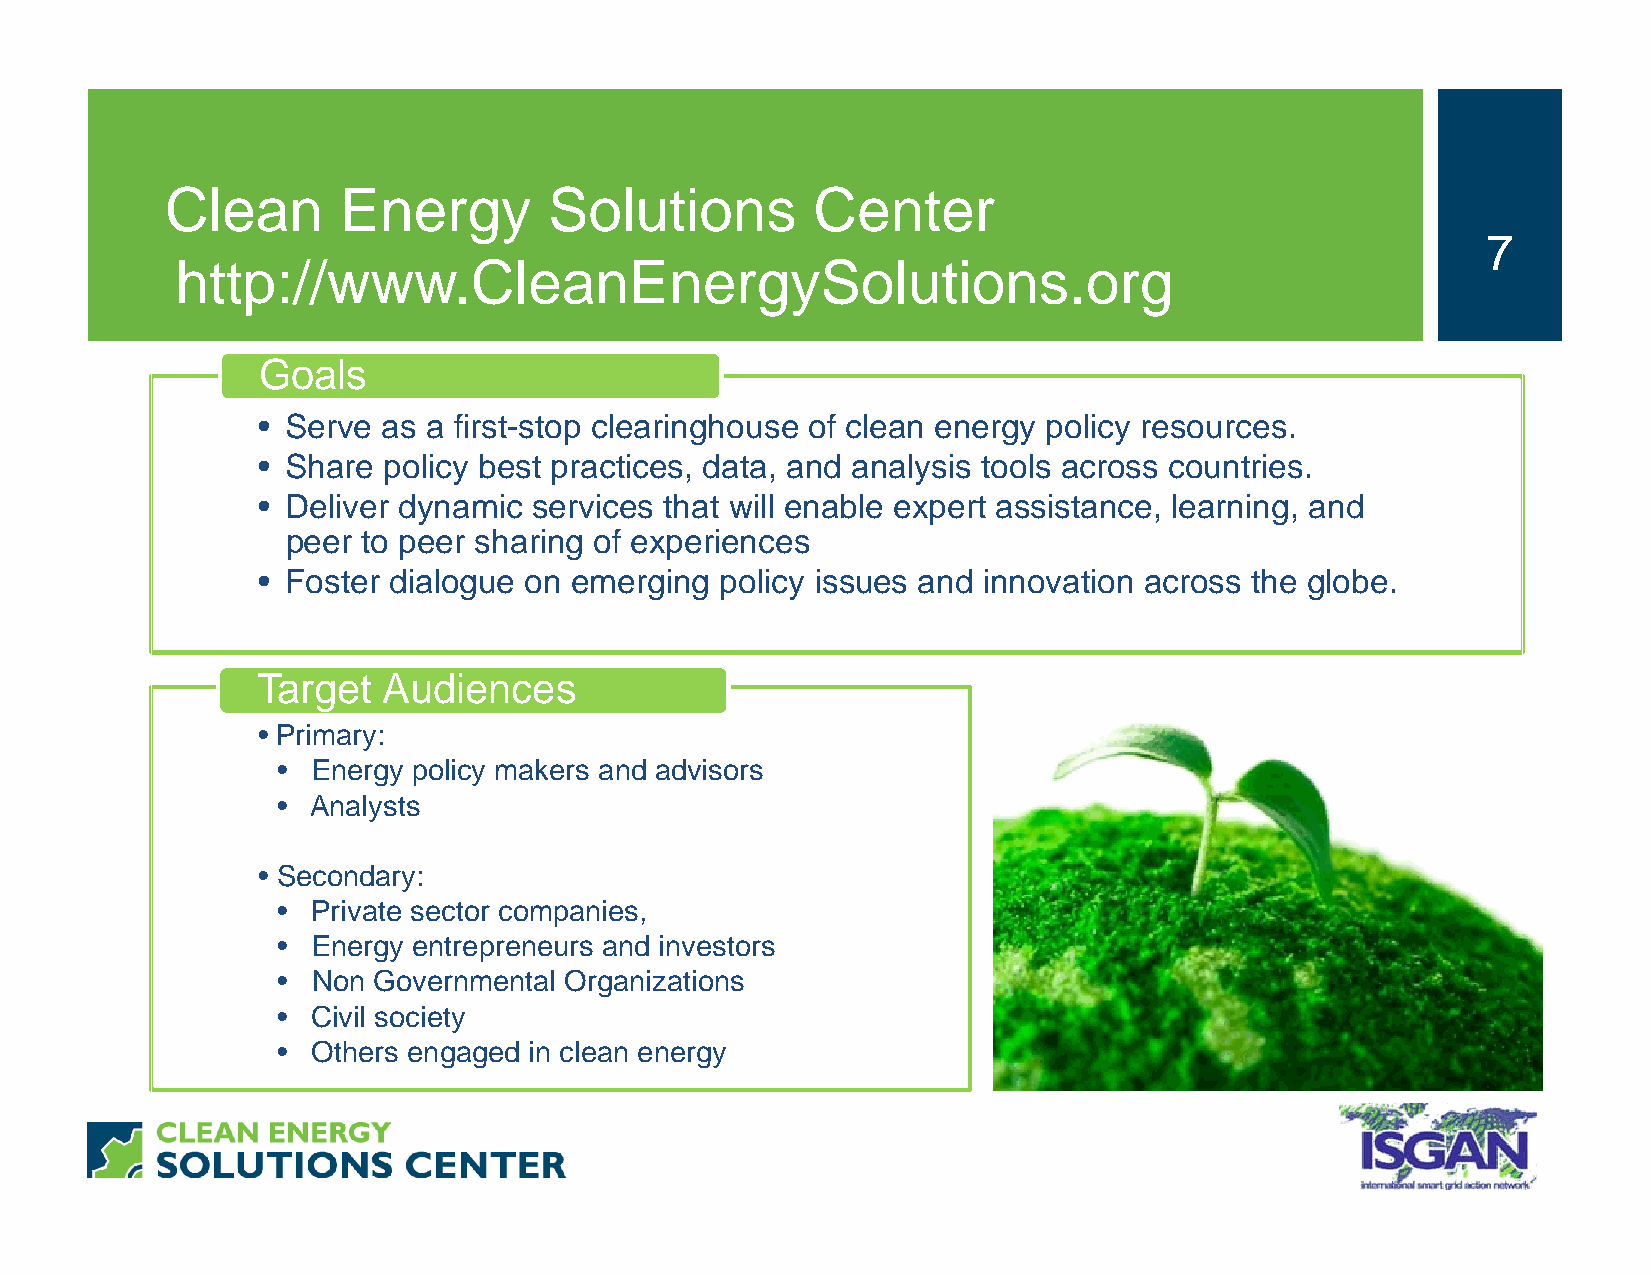
Clean      Energy        Solutions         Center
 7
 http://www.CleanEnergySolutions.org
 Goals
 • Serve as a first-stop clearinghouse of clean energy policy resources.
 • Share policy best practices, data, and analysis tools across countries.
 • Deliver dynamic services that will enable expert assistance, learning, and
 peer to peer sharing of experiences
 • Foster dialogue on emerging  policy issues and innovation across the globe.
 Target  Audiences
 • Primary:
 •  Energy policy makers and advisors
 •  Analysts
 • Secondary:
 •  Private sector companies,
 •  Energy entrepreneurs and investors
 •  Non Governmental Organizations
 •  Civil society
 •  Others engaged in clean energy